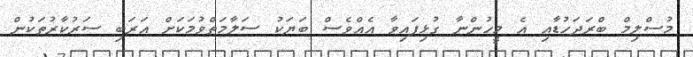
މުސްލިމް ބްރަދަހުޑާއި އެ މީހުންނާ ގުޅިފައިވާ އެއްވެސް ބަޔަކު ސަލާމަތްވުމަކަށް އަރަބި ސަރުކާރުތަކުން